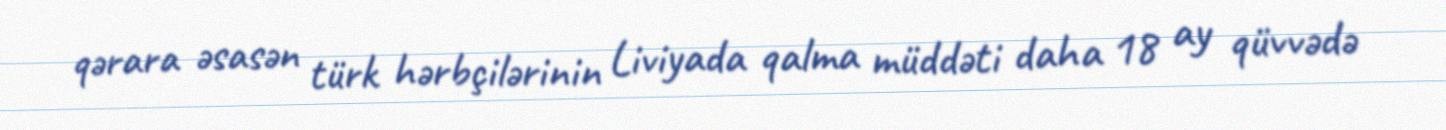
qərara əsasən türk hərbçilərinin Liviyada qalma müddəti daha 18 ay qüvvədə